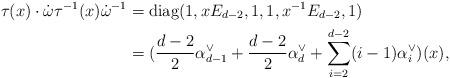
LaTeX: \begin{align*}\tau(x)\cdot\dot{\omega}\tau^{-1}(x)\dot{\omega}^{-1}&={\rm diag}(1,xE_{d-2},1,1,x^{-1}E_{d-2},1)\\{}&=(\frac{d-2}{2}\alpha^{\vee}_{d-1}+\frac{d-2}{2}\alpha^{\vee}_{d}+\sum_{i=2}^{d-2}(i-1)\alpha^{\vee}_i)(x),\end{align*}